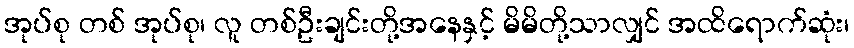
အုပ်စု တစ် အုပ်စု၊ လူ တစ်ဦးချင်းတို့အနေနှင့် မိမိတို့သာလျှင် အထိရောက်ဆုံး၊